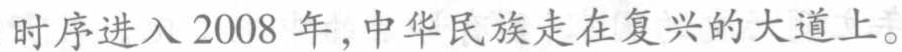
时序进入 2008 年,中华民族走在复兴的大道上。